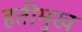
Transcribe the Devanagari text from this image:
हतीमुख